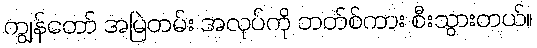
ကျွန်တော် အမြဲတမ်း အလုပ်ကို ဘတ်စ်ကား စီးသွားတယ်။